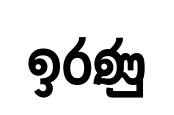
ඉරණු